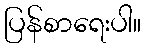
ပြန်စာရေးပါ။